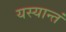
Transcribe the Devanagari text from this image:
यस्यान्तं